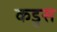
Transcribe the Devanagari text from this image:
कडुस